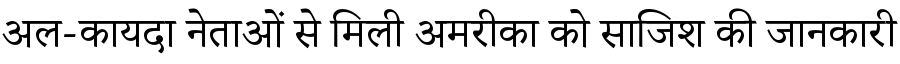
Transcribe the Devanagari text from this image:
अल-कायदा नेताओं से मिली अमरीका को साजिश की जानकारी